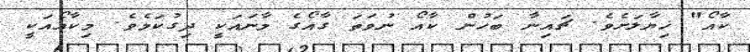
ކާއޯ" ޚިޔާލަށެވެ. ޗައިނާ ބަހުން ކާއޯ ނުވަތަ ގާއޯގެ މާނައަކީ ދިގުކަމެވެ. މިކާއޯއަކީ